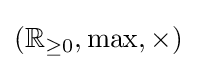
(\mathbb {R} _{\geq 0},\max ,\times )